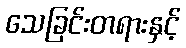
သေခြင်းတရားနှင့်